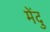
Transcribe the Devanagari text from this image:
मेंदु